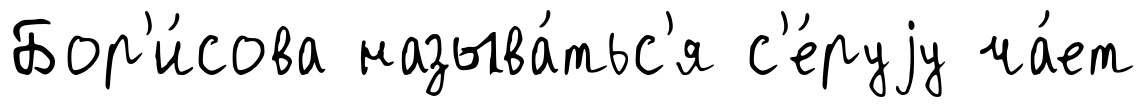
Бор'и́сова называ́тьс'я с'е́руjу ча́ет